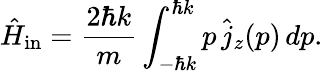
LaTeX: \hat{H}_{\mathrm{in}}=\frac{2\hbar k}{m}\int_{-\hbar k}^{\hbar k}p\, \hat{j}_{z}(p)\, dp.